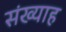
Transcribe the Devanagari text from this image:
संख्याह